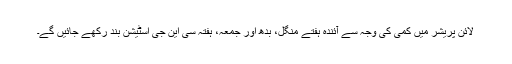
لائن پریشر میں کمی کی وجہ سے آئندہ ہفتے منگل، بدھ اور جمعہ، ہفتہ سی این جی اسٹیشن بند رکھے جائیں گے۔